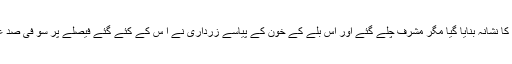
مشرف نے ایک فیصلہ کیا، چشم زدن میں کیا، مشرف کو تنقید کا نشانہ بنایا گیا مگر مشرف چلے گئے اور اس بلے کے خون کے پیاسے زرداری نے ا س کے کئے گئے فیصلے پر سو فی صد عمل کیا، اور اب نواز شریف بھی ہو بہواسی پالیسی پر گامزن ۔